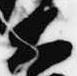
大